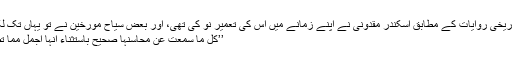
بعض تاریخی روایات کے مطابق اسکندر مقدونی نے اپنے زمانے میں اس کی تعمیرِ نو کی تھی، اور بعض سیاح مؤرخین نے تو یہاں تک لکھا ہے:
’’کل ما سمعت عن محاسنہا صحیح باستثناء أنہا أجمل مما تصورت۔